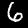
Digit: 6